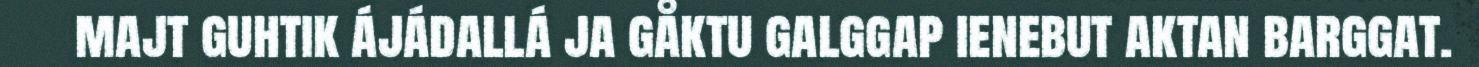
majt guhtik ájádallá ja gåktu galggap ienebut aktan barggat.